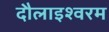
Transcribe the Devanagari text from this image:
दौलाइश्वरम